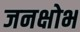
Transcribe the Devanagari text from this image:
जनक्षोभ